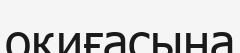
оқиғасына